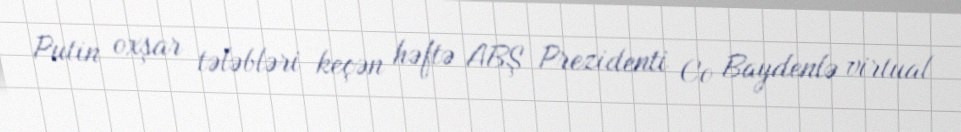
Putin oxşar tələbləri keçən həftə ABŞ Prezidenti Co Baydenlə virtual